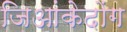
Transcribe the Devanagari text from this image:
जिआंकेदोंग